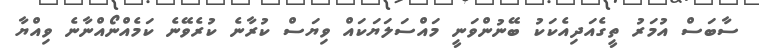
ސާބަސް އުމަރު ތީގެއަދިއެކަކު ބޭނުންވަނީ މައްސަލަޔަކައް ވިޔަސް ކުރާނެ ކުރެވޭނެ ކަމެއްނޯއްނާނެ ވިއްޔާ